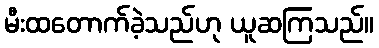
မီးထတောက်ခဲ့သည်ဟု ယူဆကြသည်။